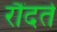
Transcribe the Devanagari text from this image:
रौंदते